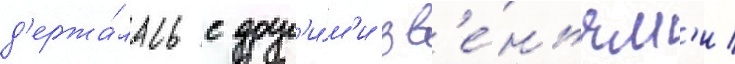
д'ержа́лась с друг'и́м'и зв'е́ньям'и